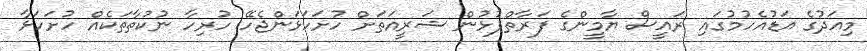
މިއަދުގެ އަޑުއެހުމުގައި ރައީސް ޔާމީންގެ ފަރާތްޕުޅުން ޝަރީއަތަށް ހުށަހަޅަންޖެހޭ ހުރިހާ ނުކުތާތަކެއް ހުށަހަޅާ